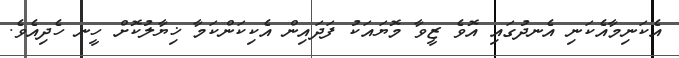
އެކަނިމާއެކަނި އެނދުގައި އޮވެ ޒީވާ މޮޔައަކު ފަދައިން އެކިކަންކަމާ ޚިޔާލުކޮށް ހީނ ހެދިއެވެ.